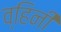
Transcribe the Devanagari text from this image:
व्हिनी